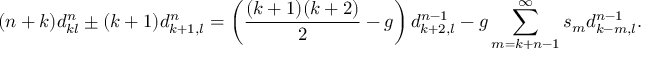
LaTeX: ( n + k ) d _ { k l } ^ { n } \pm ( k + 1 ) d _ { k + 1 , l } ^ { n } = \left( \frac { ( k + 1 ) ( k + 2 ) } { 2 } - g \right) d _ { k + 2 , l } ^ { n - 1 } - g \sum _ { m = k + n - 1 } ^ { \infty } s _ { m } d _ { k - m , l } ^ { n - 1 } .